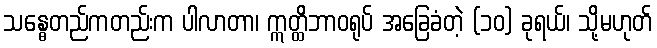
သန္ဓေတည်ကတည်းက ပါလာတာ၊ ဣတ္ထိဘာဝရုပ် အခြေခံတဲ့ (၁၀) ခုရယ်၊ သို့မဟုတ်